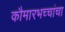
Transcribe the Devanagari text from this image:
कौमारभच्चांचा